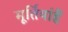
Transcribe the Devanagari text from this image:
मूर्तियांहैं